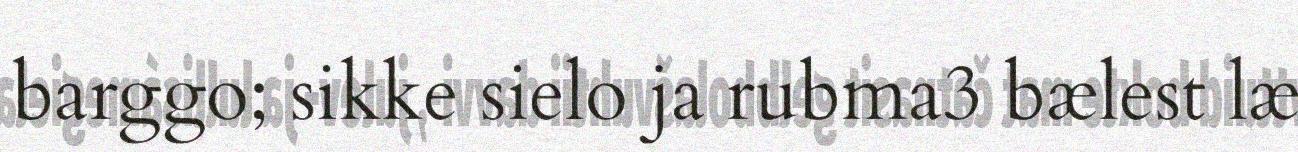
barggo; sikke sielo ja rubma3 bælest læ